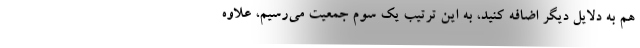
هم به دلایل دیگر اضافه کنید، به این ترتیب یک سوم جمعیت می‌رسیم، علاوه